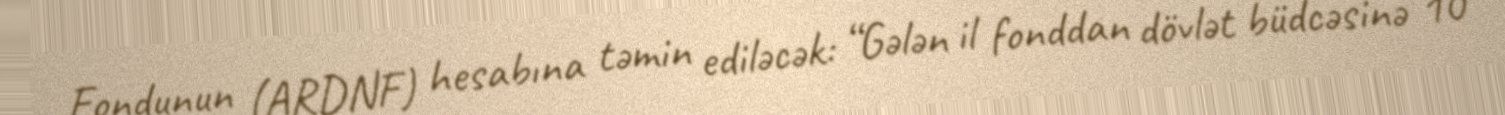
Fondunun (ARDNF) hesabına təmin ediləcək: “Gələn il fonddan dövlət büdcəsinə 10